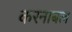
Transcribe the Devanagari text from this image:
करनाबल